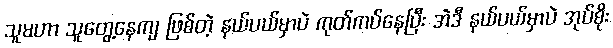
သူမဟာ သူတွေ့နေကျ ဖြစ်တဲ့ နယ်ပယ်မှာပဲ ကုတ်ကပ်နေပြီး အဲဒီ နယ်ပယ်မှာပဲ အုပ်စိုး